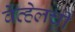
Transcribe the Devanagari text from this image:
वेव्हेलची